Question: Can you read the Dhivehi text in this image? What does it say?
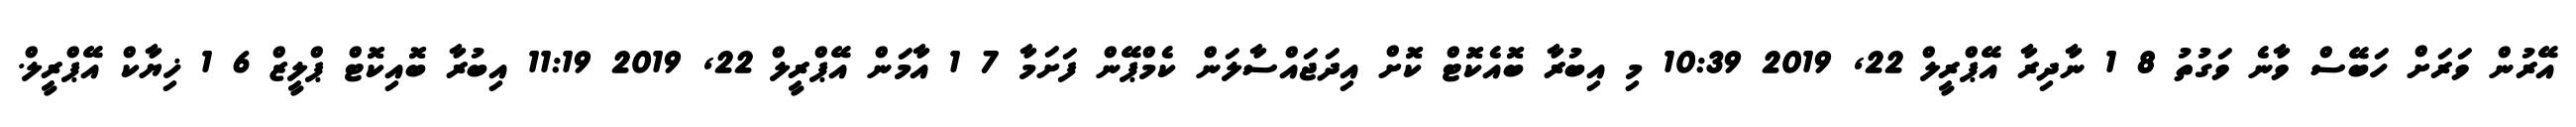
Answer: އޭރުން ވަރަށް ހަބޭސް ވާނެ ވަގުތު 8 1 ނާދިރާ އޭޕްރީލް 22, 2019 10:39 މި އިބުރާ ބޮއެކޮޓް ކޮށް އިދަޖައްސާލަން ކެމްޕޭން ފަށަމާ 7 1 އާމަން އޭޕްރީލް 22, 2019 11:19 އިބުރާ ބޮއިކޮޓް ޕްލީޒް 6 1 ޚިޔާކް އޭޕްރީލް.